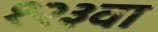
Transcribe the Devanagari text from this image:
१२३वा